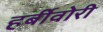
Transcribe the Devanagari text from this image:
हर्बीवोरी